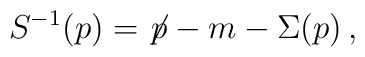
S^{-1}(p) = {\not\! p} - m - \Sigma(p)\, ,